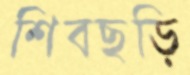
শিবছড়ি